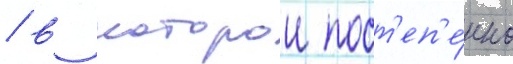
/ в которои пост'еп'е́нно